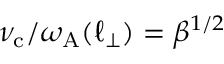
\nu _ { \mathrm { c } } / \omega _ { \mathrm { A } } ( \ell _ { \perp } ) = \beta ^ { 1 / 2 }